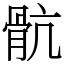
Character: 骯